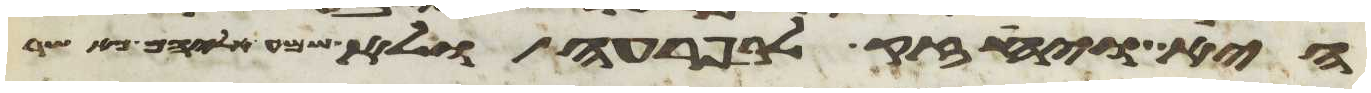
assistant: היא ויחזק לב פרעה ולא שמע אליהם כאשר